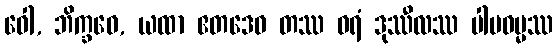
ဝေါ, ဘိက္ခဝေ, ယထာ ဧတဒေဝ တဿ ဝရံ ဒုဿီလဿ ပါပဓမ္မဿ